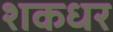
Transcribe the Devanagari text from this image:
शकधर